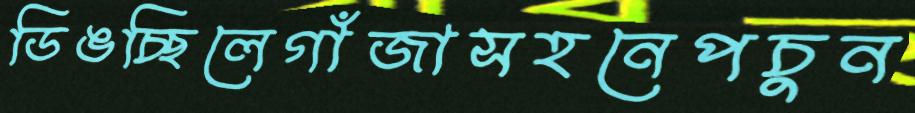
ডিঙচ্ছিলেগাঁজাসহনেপচুন